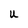
Character: U